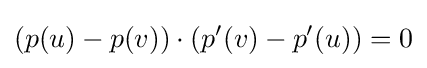
(p(u)-p(v))\cdot (p'(v)-p'(u))=0